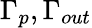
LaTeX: \Gamma_{p},\Gamma_{out}